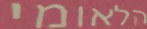
הלאומי